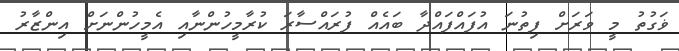
ޥަގުތު މީ ވަރަށް ފިތުނަ އުފައްފައްދާ ބައެއް ފުރައްސާރަ ކުރާމީހުންނާއި އެމީހުންނަށް އިންޒާރު